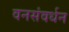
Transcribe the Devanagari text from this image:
वनसंवर्धन